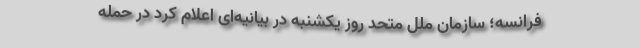
فرانسه؛ سازمان ملل متحد روز یکشنبه در بیانیه‌ای اعلام کرد در حمله